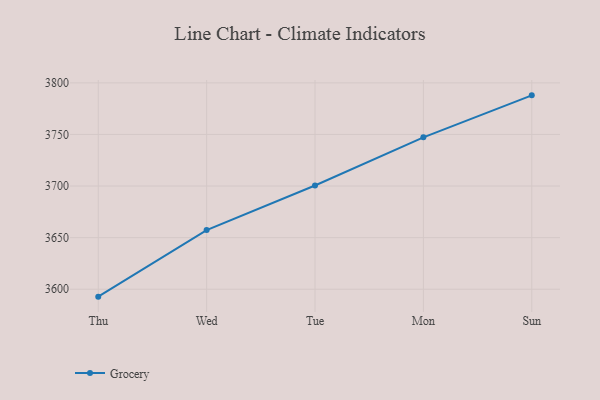
{"axis": {"x": "Day", "y": "Customer Acquisition Cost (USD)"}, "legend": ["Grocery"], "data": [{"x": "Thu", "y": 3592.8, "type": "Grocery"}, {"x": "Wed", "y": 3657.3, "type": "Grocery"}, {"x": "Tue", "y": 3700.5, "type": "Grocery"}, {"x": "Mon", "y": 3747.2, "type": "Grocery"}, {"x": "Sun", "y": 3787.9, "type": "Grocery"}]}